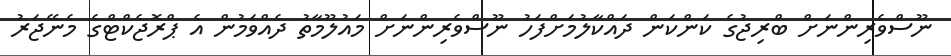
ނޫސްވެރިންނަށް ބްރިޖުގެ ކަންކަން ދައްކާލުމަށްފަހު ނޫސްވެރިންނަށް މައުލޫމާތު ދެއްވަމުން އެ ޕްރޮޖެކްޓްގެ މެނޭޖަރު